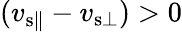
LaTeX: (v_{{\mathrm{s}}\parallel}-v_{{\mathrm{s}}\bot})>0